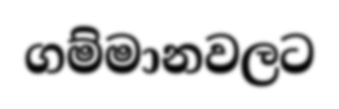
ගම්මානවලට